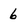
Character: 6